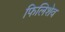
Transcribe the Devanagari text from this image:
फिलिशेव